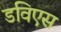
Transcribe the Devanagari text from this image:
डविएस